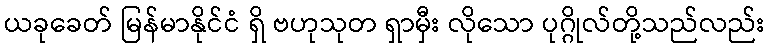
ယခုခေတ် မြန်မာနိုင်ငံ ရှိ ဗဟုသုတ ရှာမှီး လိုသော ပုဂ္ဂိုလ်တို့သည်လည်း